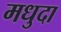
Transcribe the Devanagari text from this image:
मधुदा